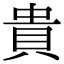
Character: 貴